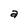
Character: a